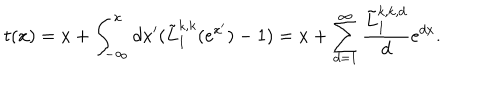
t ( x ) = x + \int _ { - \infty } ^ { x } d x ^ { \prime } ( { \tilde { L } _ { 1 } ^ { k , k } ( e ^ { x ^ { \prime } } ) } - 1 ) = x + \sum _ { d = 1 } ^ { \infty } \frac { \tilde { L } _ { 1 } ^ { k , k , d } } { d } e ^ { d x } .